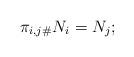
LaTeX: \begin{align*} \pi_{i,j\#}N_i=N_j; \end{align*}